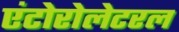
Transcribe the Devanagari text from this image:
एंटोरोलेटरल